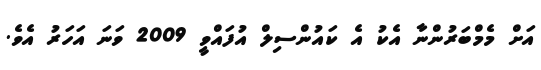
އަށް މެމްބަރުންނާ އެކު އެ ކައުންސިލް އުފައްވީ 2009 ވަނަ އަހަރު އެވެ.